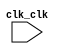

module RedNeuronal_NiosII (
	clk_clk);	

	input		clk_clk;
endmodule